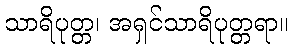
သာရိပုတ္တ၊ အရှင်သာရိပုတ္တရာ။